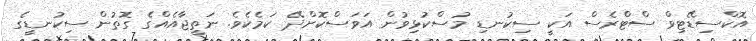
އޮކްސިޑޭޓިވް ސްޓްރެސް އަކީ ސިކުނޑި މުސްކުޅިވުން އަވަސްކޮށްދޭ ކަމެކެވެ. ނަތީޖާއެއްގެ ގޮތުން ސިކުނޑީގެ